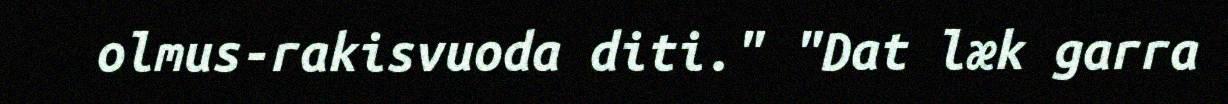
olmus-rakisvuoda diti." "Dat læk garra